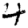
Digit: 4